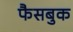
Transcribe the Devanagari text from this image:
फैसबुक